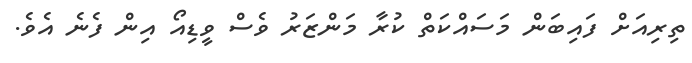
ތިރިއަށް ފައިބަން މަސައްކަތް ކުރާ މަންޒަރު ވެސް ވީޑިއޯ އިން ފެނެ އެވެ.